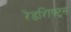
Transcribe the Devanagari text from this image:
रेडशिफ्ट्स